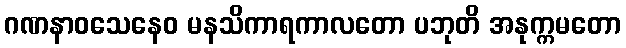
ဂဏနာဝသေနေဝ မနသိကာရကာလတော ပဘုတိ အနုက္ကမတော